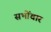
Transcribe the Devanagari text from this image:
सभोंवार